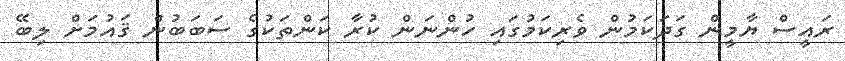
ރައީސް ޔާމީން ގަދަކަމުން ވެރިކަމުގައި ހުންނަން ކުރާ ކަންތަކުގެ ސަބަބުން ޤައުމަށް ލިބޭ